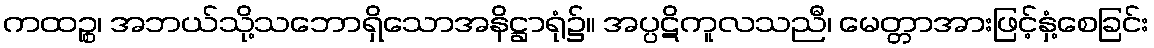
ကထဉ္စ၊ အဘယ်သို့သဘောရှိသောအနိဋ္ဌာရုံ၌။ အပ္ပဋိကူလသညီ၊ မေတ္တာအားဖြင့်နှံ့စေခြင်း